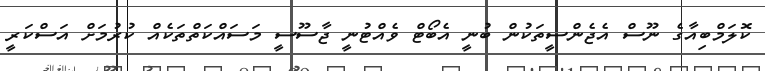
ކޮލަމްބިއާގެ ނޫސް އެޖެންސީތަކުން ބުނީ އެބޯޓް ވެއްޓުނީ ޖާސޫސީ މަސައްކަތްތަކެއް ކުރުމަށް އަސްކަރީ